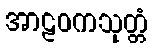
အာဠဝကသုတ္တံ